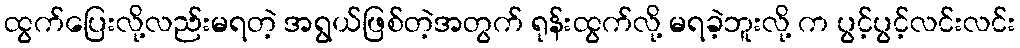
ထွက်ပြေးလို့လည်းမရတဲ့ အရွယ်ဖြစ်တဲ့အတွက် ရုန်းထွက်လို့ မရခဲ့ဘူးလို့ က ပွင့်ပွင့်လင်းလင်း